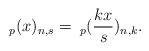
LaTeX: \begin{align*} _{p}(x)_{n,s}= \:_{p}(\frac{kx}{s})_{n,k}.\end{align*}